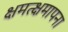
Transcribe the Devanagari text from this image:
क्षमत्क्षमापना